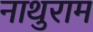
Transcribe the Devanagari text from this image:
नाथुराम